Civil Veterinary Department Bihar reports 1940-50 - 1940-1950
Year: 1940
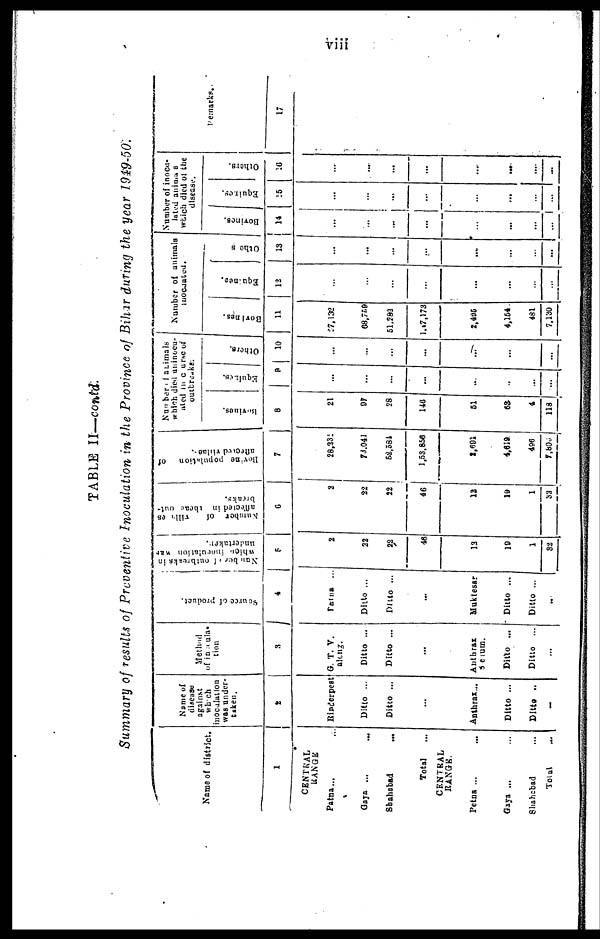
viii
TABLE II—contd.
Summary of results of Preventive Inoculation in the Province of Bihar during the year 1949-50.
Name of district.
1
CENTRAL
RANGE
Patna... ...
Gaya ... ...
Shahabad
...
Total ...
RANGE.
Petna ... ...
Gaya ... ...
Shahabad ...
Total ...
Name of
disease
against
which
inoculation
was under-
taken.
2
Rinderpest
Ditto ...
Ditto ...
...
Anthrax...
Ditto ...
Ditto ..
...
Method
of inocula-
tion
3
G. T. V.
along.
Ditto ...
Ditto ...
...
Anthrax
Serum.
Ditto ...
Ditto
...
...
Source of product.
4
Patna ...
Ditto ...
Ditto ...
...
Muktesar
Ditto ...
Ditto ...
...
Number of outbreaks in
which
inoculation
was
undertaken.
5
2
22
22
46
13
10
1
33
Number of
villages
affected
in these out-
breaks.
6
I
2
22
22
46
12
19
1
32
Bovine
population
of
7
28,231
73.041
52,584
1,53,856
2,691
4,619
496
7,806
Number of animals
which died uninocu-
ated in course of
outbreaks
Bovines.
8
21
97
28
146
51
63
4
118
Equines.
9
...
...
...
...
...
...
...
...
Others.
10
...
...
...
...
...
...
...
...
Number of animals
inoculated.
Bovines.
11
27,132
68,759
61.283
l,47,173
2,495
4,154
481
7,130
Equines.
12
...
...
...
...
...
...
...
...
Others
13
...
...
...
...
...
...
...
...
Number of inocu-
lated animals
which died of the
disease.
Bovines.
14
...
...
...
...
...
...
...
...
Equines.
15
...
...
...
...
...
...
...
...
Others.
16
...
...
...
...
...
...
....
...
Remarks.
17